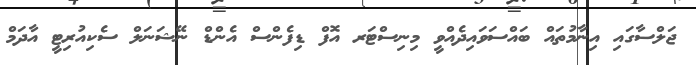
ޖަލްސާގައި އިނާމުތައް ބައްސަވައިދެއްވީ މިނިސްޓަރ އޮފް ޑިފެންސް އެންޑް ނޭޝަނަލް ސެކިއުރިޓީ އާދަމް